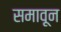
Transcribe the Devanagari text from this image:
समावून